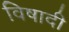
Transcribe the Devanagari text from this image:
विषादी